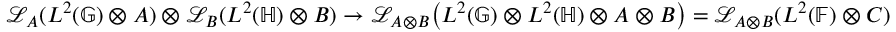
\mathcal { L } _ { A } ( L ^ { 2 } ( \mathbb { G } ) \otimes A ) \otimes \mathcal { L } _ { B } ( L ^ { 2 } ( \mathbb { H } ) \otimes B ) \rightarrow \mathcal { L } _ { A \otimes B } \big ( L ^ { 2 } ( \mathbb { G } ) \otimes L ^ { 2 } ( \mathbb { H } ) \otimes A \otimes B \big ) = \mathcal { L } _ { A \otimes B } ( L ^ { 2 } ( \mathbb { F } ) \otimes C )